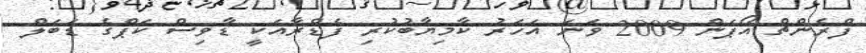
ފްރެންޗް އޯޕަން 2009 ވަނަ އަހަރު ކާމިޔާބުކުރި ފެޑްރާއަކީ ޑާވިސް ކަޕްގެ ޑަބަލް